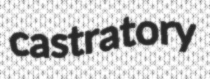
castratory